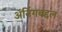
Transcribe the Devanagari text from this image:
ॲनिंगबद्दल